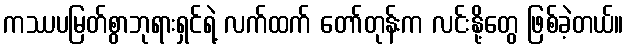
ကဿပမြတ်စွာဘုရားရှင်ရဲ့ လက်ထက် တော်တုန်းက လင်းနို့တွေ ဖြစ်ခဲ့တယ်။